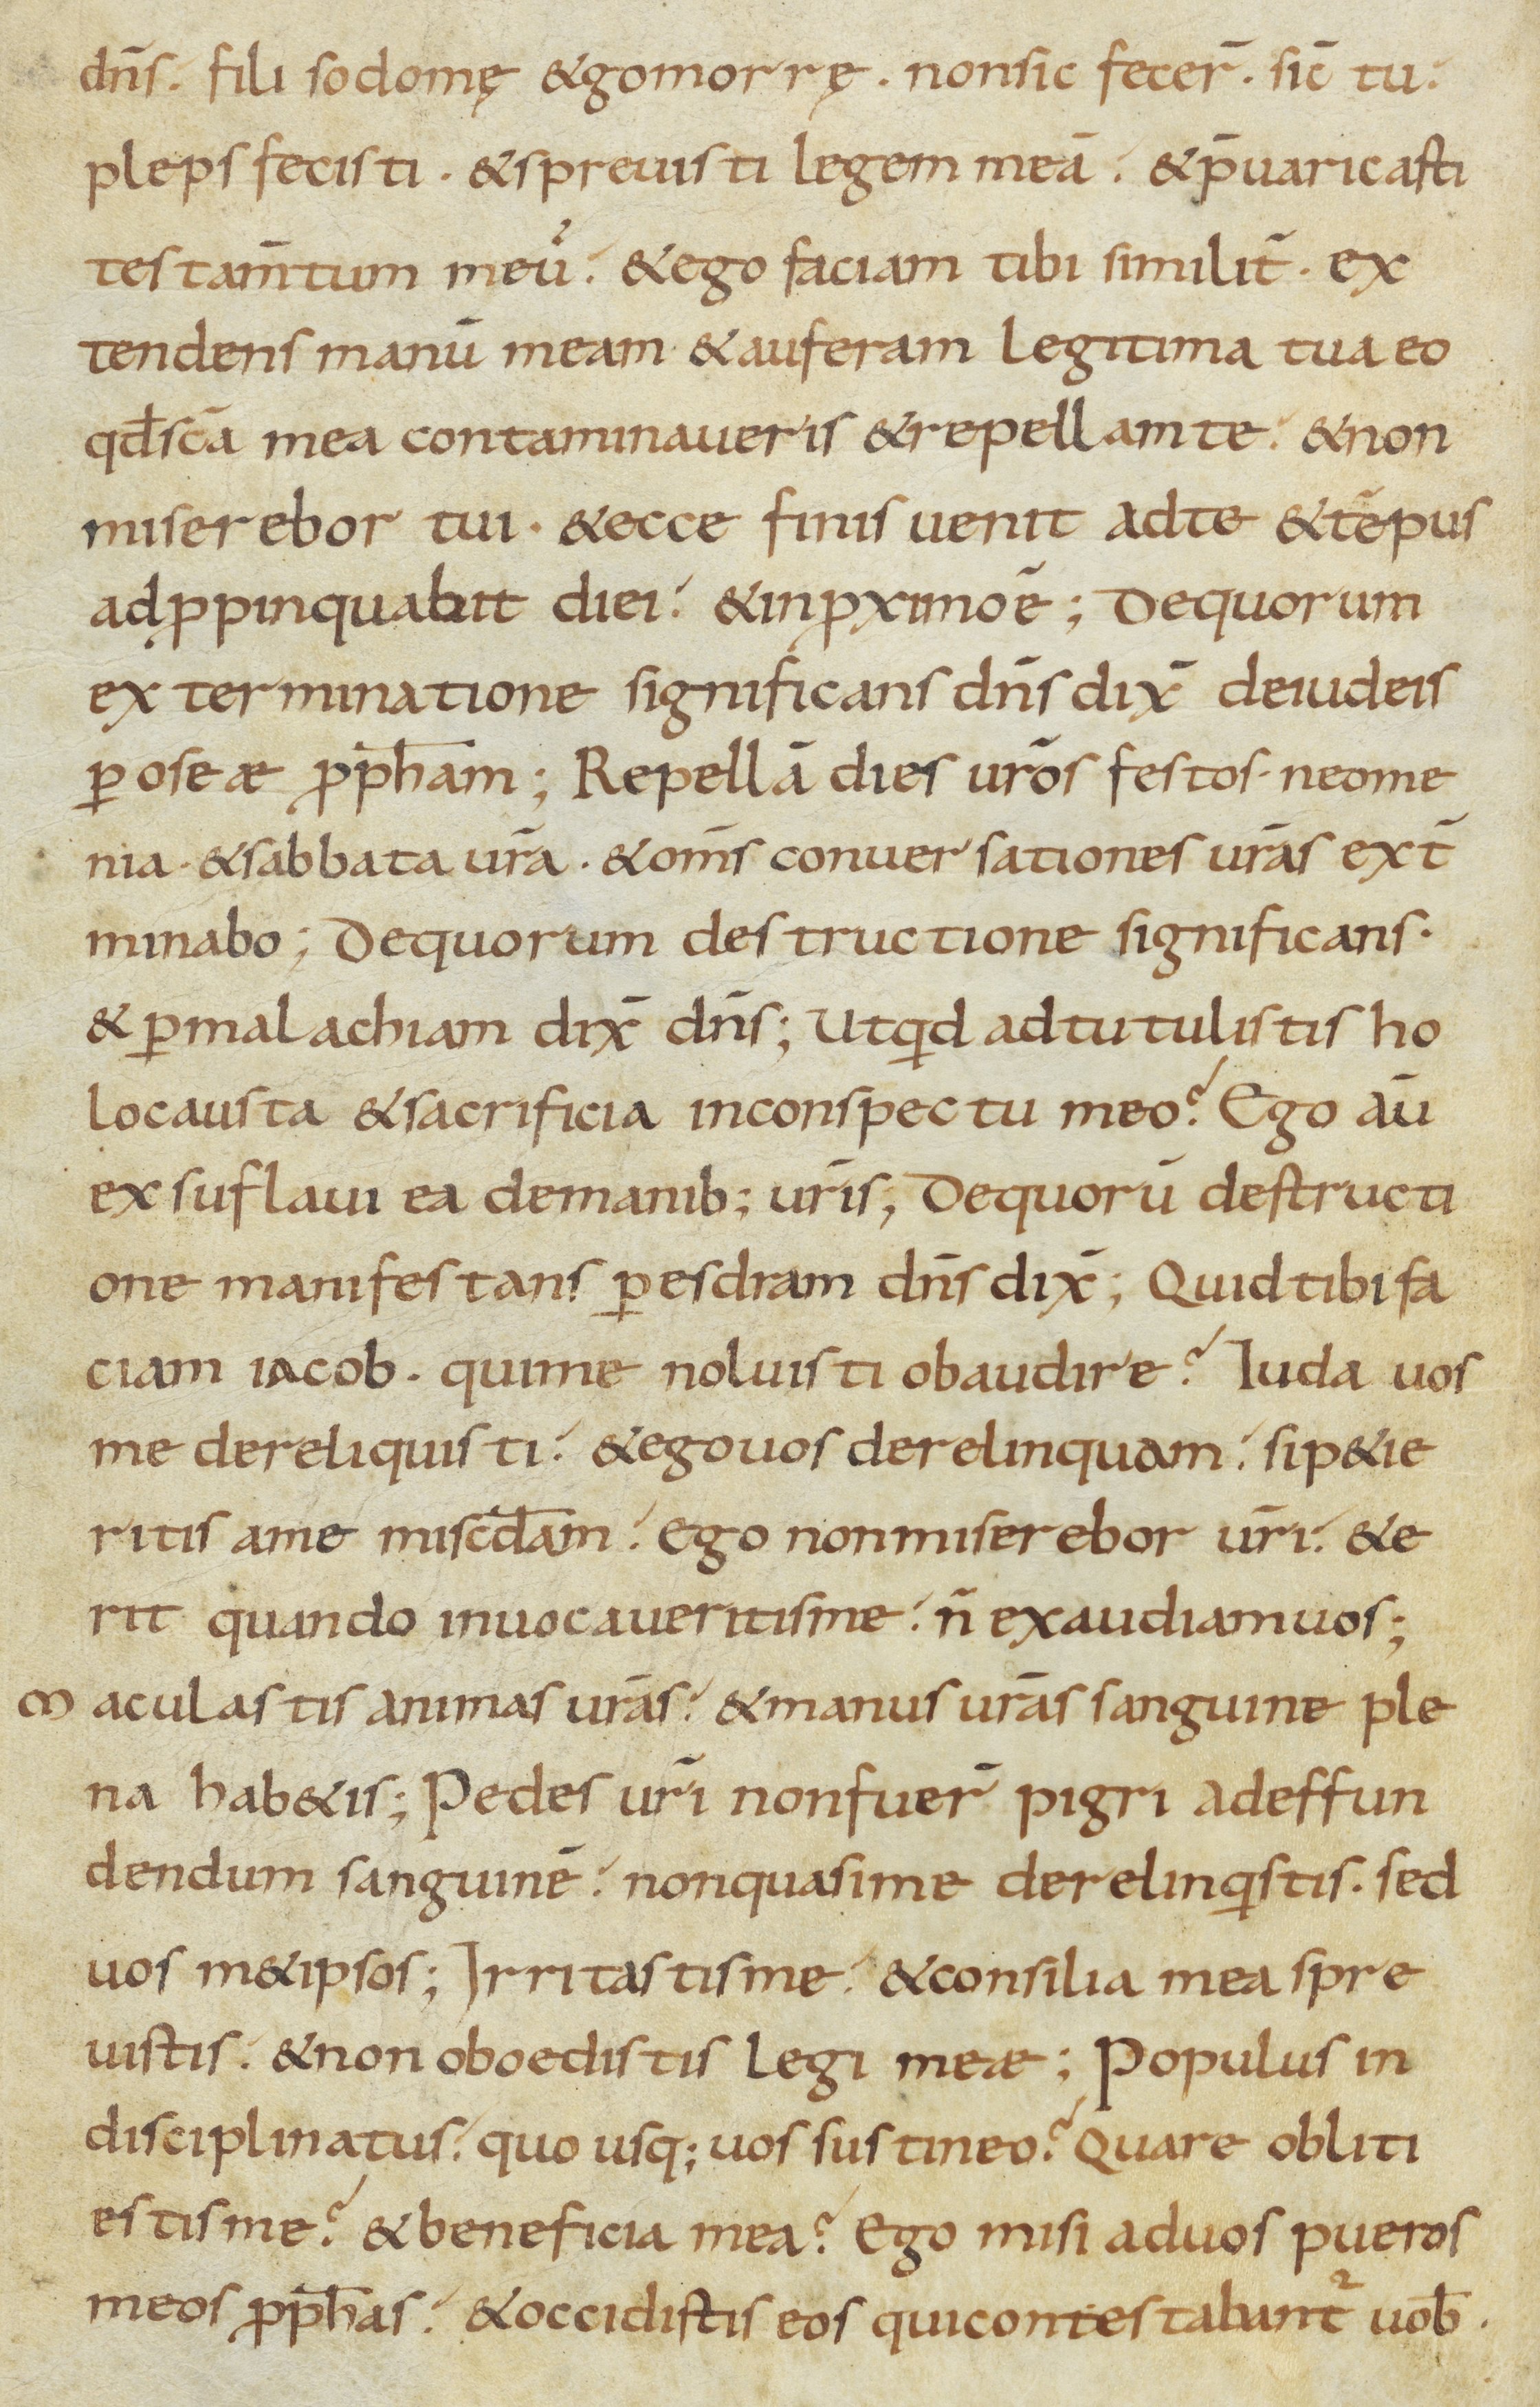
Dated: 800–999